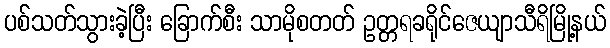
ပစ်သတ်သွားခဲ့ပြီး ခြောက်စီး သာမိုစတတ် ဥတ္တရခရိုင်ဇေယျာသီရိမြို့နယ်